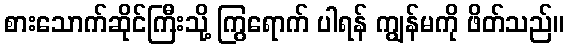
စားသောက်ဆိုင်ကြီးသို့ ကြွရောက် ပါရန် ကျွန်မကို ဖိတ်သည်။